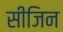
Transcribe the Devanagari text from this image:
सीजिन